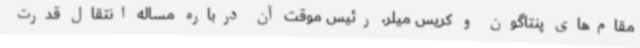
مقام‌های پنتاگون و کریس میلر، رئیس موقت آن درباره مساله انتقال قدرت